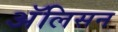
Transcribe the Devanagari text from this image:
अॅलिसन